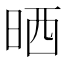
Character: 晒